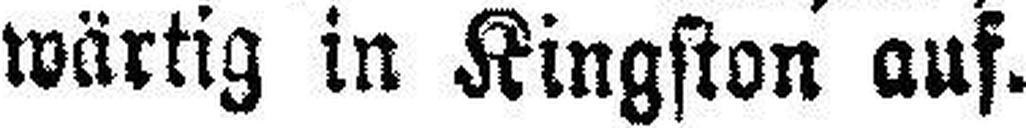
wärtig in Kingston auf.